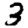
Digit: 3